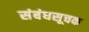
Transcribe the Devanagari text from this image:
संबंधसूचक